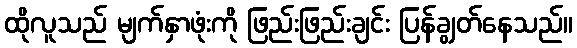
ထိုလူသည် မျက်နှာဖုံးကို ဖြည်းဖြည်းချင်း ပြန်ချွတ်နေသည်။